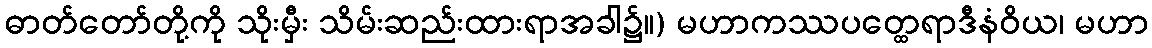
ဓာတ်တော်တို့ကို သိုးမှီး သိမ်းဆည်းထားရာအခါ၌။) မဟာကဿပတ္ထေရာဒီနံဝိယ၊ မဟာ